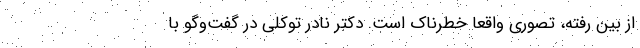
از بین رفته، تصوری واقعا خطرناک است. دکتر نادر توکلی در گفت‌وگو با